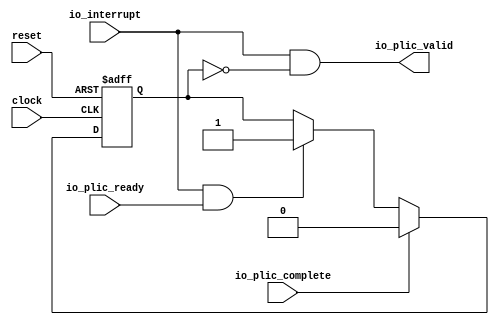
 /*                                                                      
 Copyright 2018 Nuclei System Technology, Inc.                
                                                                         
 Licensed under the Apache License, Version 2.0 (the "License");         
 you may not use this file except in compliance with the License.        
 You may obtain a copy of the License at                                 
                                                                         
     http://www.apache.org/licenses/LICENSE-2.0                          
                                                                         
  Unless required by applicable law or agreed to in writing, software    
 distributed under the License is distributed on an "AS IS" BASIS,       
 WITHOUT WARRANTIES OR CONDITIONS OF ANY KIND, either express or implied.
 See the License for the specific language governing permissions and     
 limitations under the License.                                          
 */                                                                      
                                                                         
                                                                         
                                                                         
module sirv_LevelGateway(
  input   clock,
  input   reset,
  input   io_interrupt,
  output  io_plic_valid,
  input   io_plic_ready,
  input   io_plic_complete
);
  reg  inFlight;
  reg [31:0] GEN_2;
  wire  T_12;
  wire  GEN_0;
  wire  GEN_1;
  wire  T_16;
  wire  T_17;
  assign io_plic_valid = T_17;
  assign T_12 = io_interrupt & io_plic_ready;
  assign GEN_0 = T_12 ? 1'h1 : inFlight;
  assign GEN_1 = io_plic_complete ? 1'h0 : GEN_0;
  assign T_16 = inFlight == 1'h0;
  assign T_17 = io_interrupt & T_16;

  always @(posedge clock or posedge reset) begin
    if (reset) begin
      inFlight <= 1'h0;
    end else begin
      if (io_plic_complete) begin
        inFlight <= 1'h0;
      end else begin
        if (T_12) begin
          inFlight <= 1'h1;
        end
      end
    end
  end
endmodule